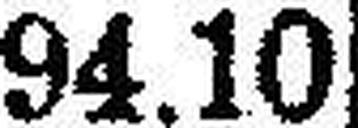
94.10